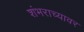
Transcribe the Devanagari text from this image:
शंभराच्यावर